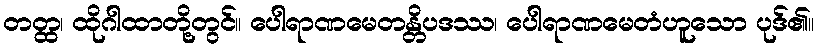
တတ္ထ၊ ထိုဂါထာတို့တွင်။ ပေါရာဏမေတန္တိပဒဿ၊ ပေါရာဏမေတံဟူသော ပုဒ်၏။